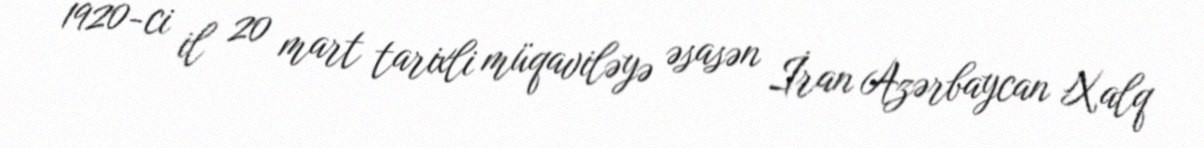
1920-ci il 20 mart tarixli müqaviləyə əsasən İran Azərbaycan Xalq